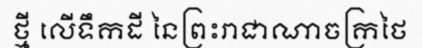
ថ្មី លើទឹកដី នៃព្រះរាជាណាចក្រថៃ